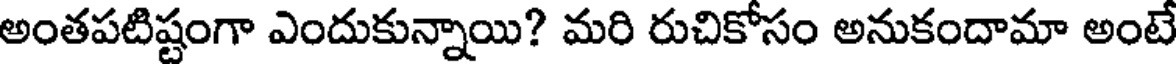
అంతపటిష్టంగా ఎందుకున్నాయి? మరి రుచికోసం అనుకందామా అంటే